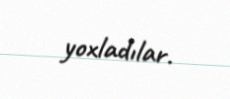
yoxladılar.